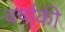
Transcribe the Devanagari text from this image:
वर्षाकी